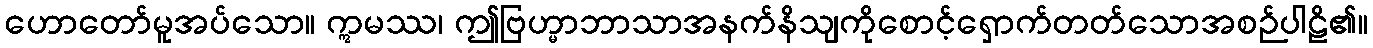
ဟောတော်မူအပ်သော။ ဣမဿ၊ ဤဗြဟ္မာဘာသာအနက်နိသျကိုစောင့်ရှောက်တတ်သောအစဉ်ပါဠိ၏။